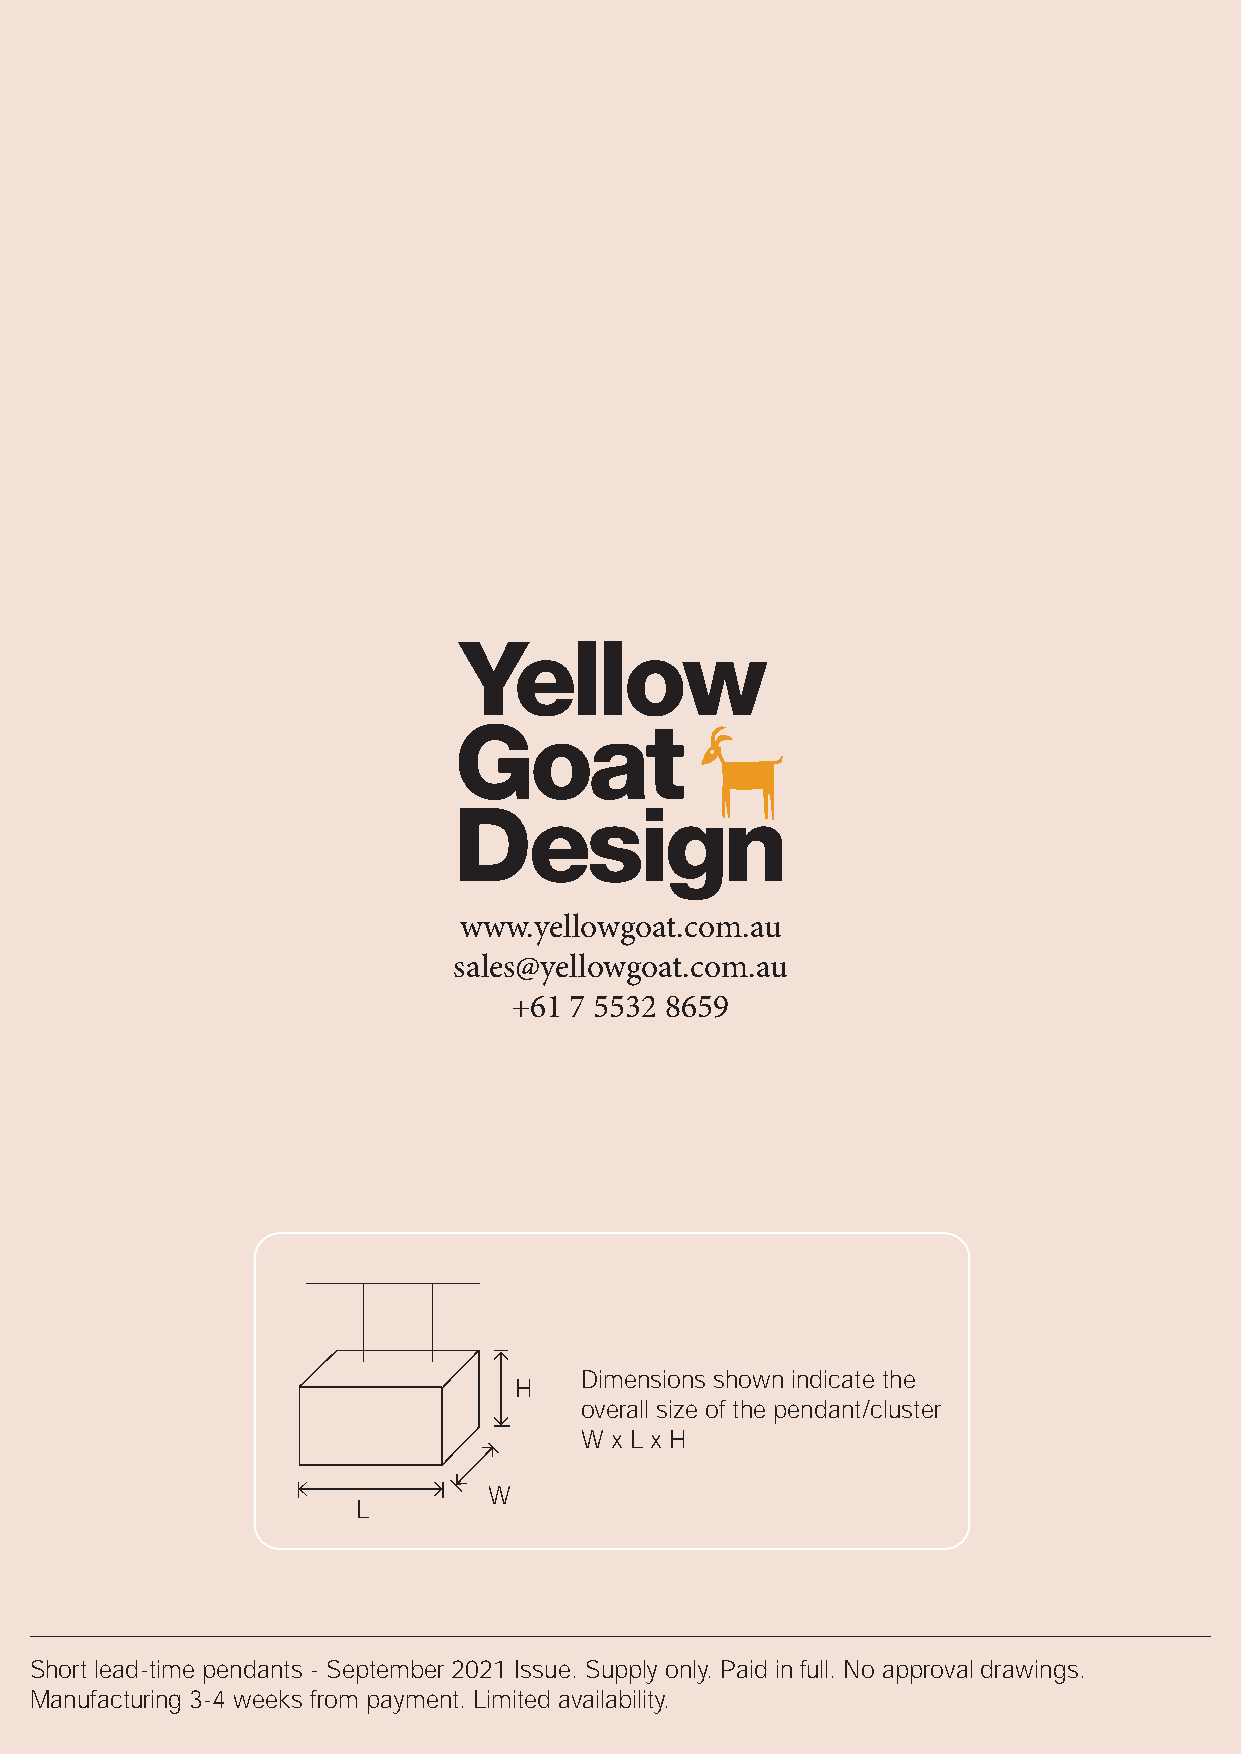
www.yellowgoat.com.au
 sales@yellowgoat.com.au
 +61 7 5532 8659
 Dimensions shown indicate the
 H
 overall size of the pendant/cluster
 W x L x H
 W
 L
 Short lead-time pendants - September 2021 Issue. Supply only. Paid in full. No approval drawings.
 Manufacturing 3-4 weeks from payment. Limited availability.